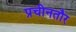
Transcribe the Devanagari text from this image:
प्रचीनतौर